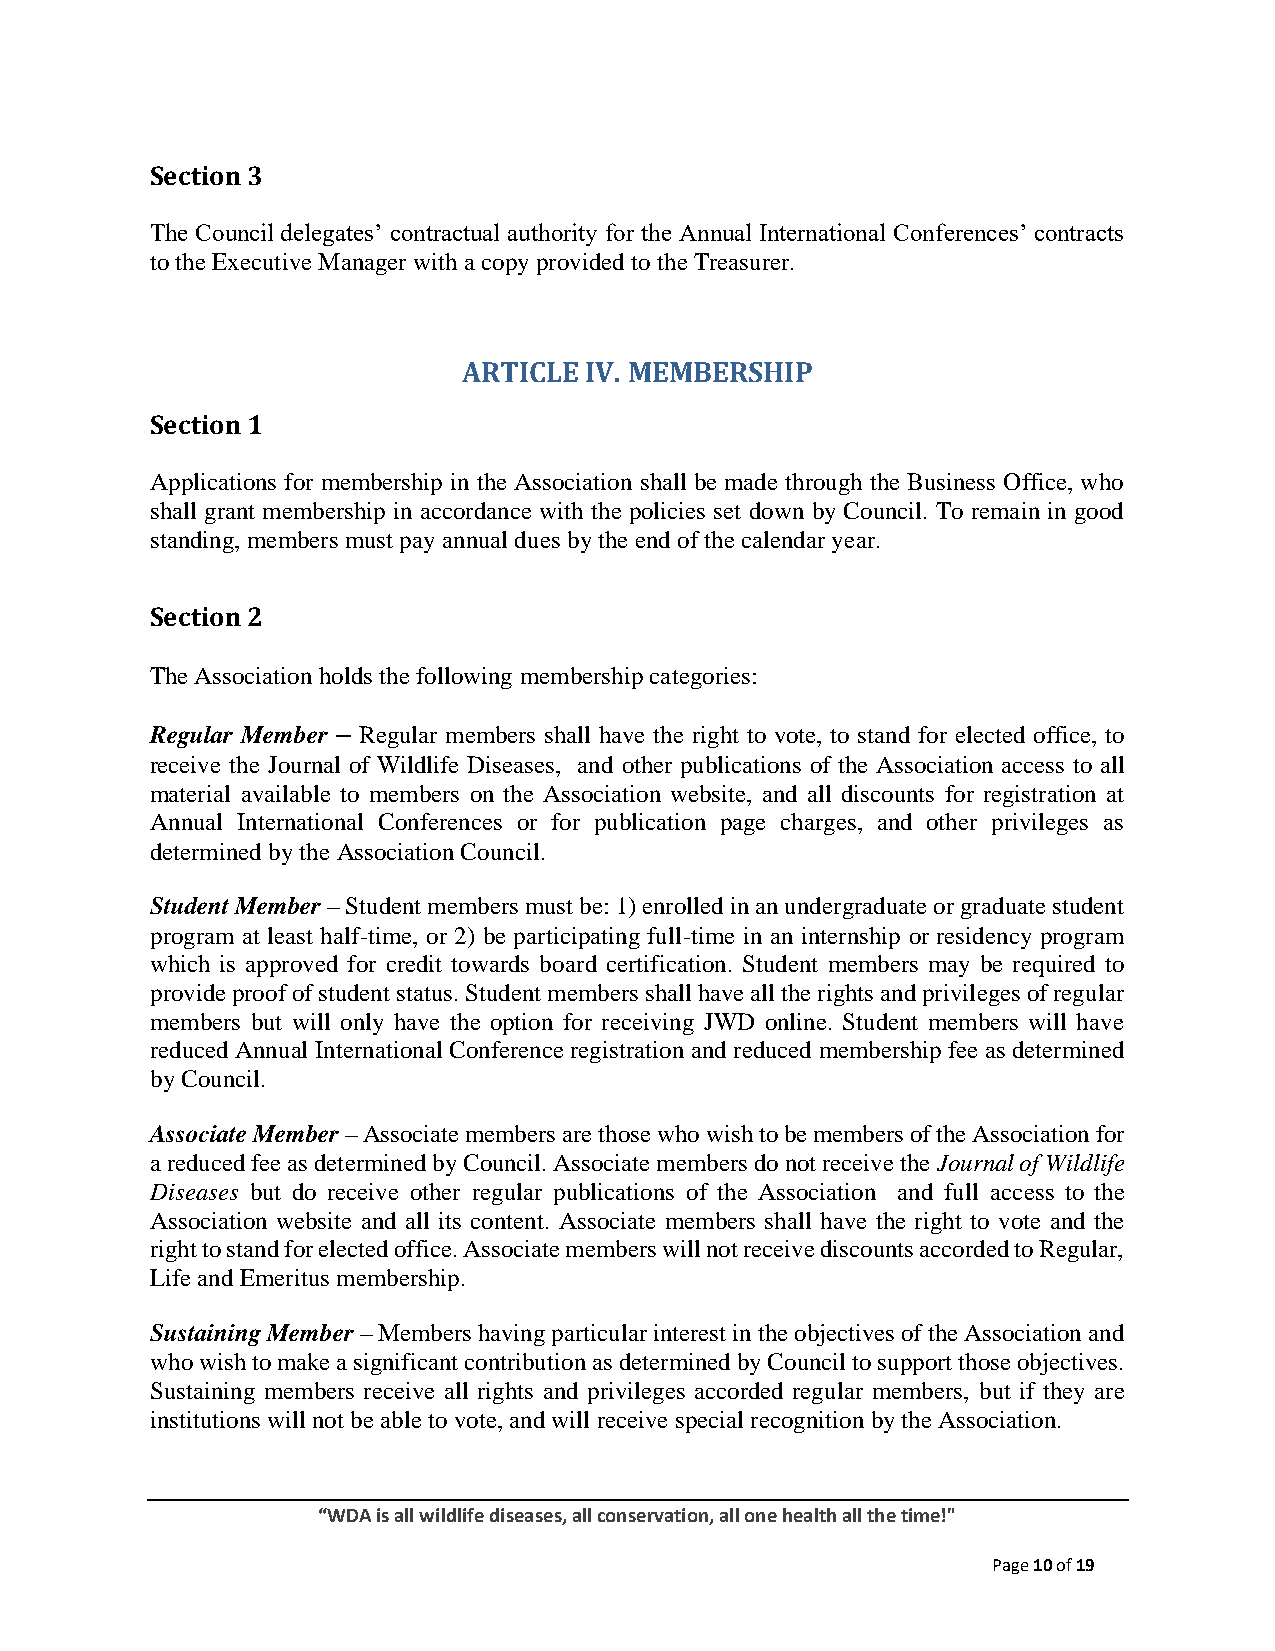
Section 3
 The Council delegates’ contractual authority for the Annual International Conferences’ contracts
 to the Executive Manager with a copy provided to the Treasurer.
 ARTICLE IV. MEMBERSHIP
 Section 1
 Applications for membership in the Association shall be made through the Business Office, who
 shall grant membership in accordance with the policies set down by Council. To remain in good
 standing, members must pay annual dues by the end of the calendar year.
 Section 2
 The Association holds the following membership categories:
 Regular Member – Regular members shall have the right to vote, to stand for elected office, to
 receive the Journal of Wildlife Diseases, and other publications of the Association access to all
 material available to members on the Association website, and all discounts for registration at
 Annual International Conferences or for publication page charges, and other privileges as
 determined by the Association Council.
 Student Member – Student members must be: 1) enrolled in an undergraduate or graduate student
 program at least half-time, or 2) be participating full-time in an internship or residency program
 which is approved for credit towards board certification. Student members may be required to
 provide proof of student status. Student members shall have all the rights and privileges of regular
 members but will only have the option for receiving JWD online. Student members will have
 reduced Annual International Conference registration and reduced membership fee as determined
 by Council.
 Associate Member – Associate members are those who wish to be members of the Association for
 a reduced fee as determined by Council. Associate members do not receive the Journal of Wildlife
 Diseases but do receive other regular publications of the Association and full access to the
 Association website and all its content. Associate members shall have the right to vote and the
 right to stand for elected office. Associate members will not receive discounts accorded to Regular,
 Life and Emeritus membership.
 Sustaining Member – Members having particular interest in the objectives of the Association and
 who wish to make a significant contribution as determined by Council to support those objectives.
 Sustaining members receive all rights and privileges accorded regular members, but if they are
 institutions will not be able to vote, and will receive special recognition by the Association.
 “WDA is all wildlife diseases, all conservation, all one health all the time!"
 Page 10 of 19